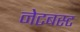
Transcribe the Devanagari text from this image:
नेटबस्ट